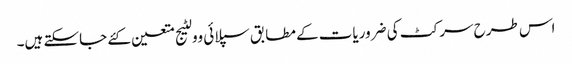
اس طرح سرکٹ کی ضروریات کے مطابق سپلائی وولٹیج متعین کئے جاسکتے ہیں۔